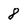
Character: 8